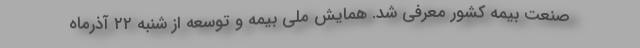
صنعت بیمه کشور معرفی شد. همایش ملی بیمه و توسعه از شنبه ۲۲ آذرماه